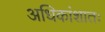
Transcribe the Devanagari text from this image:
अधिकांशातः